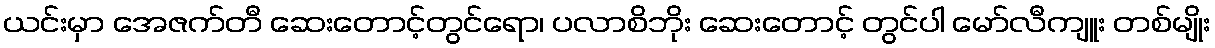
ယင်းမှာ အေဇက်တီ ဆေးတောင့်တွင်ရော၊ ပလာစိဘိုး ဆေးတောင့် တွင်ပါ မော်လီကျူး တစ်မျိုး